Lunatic asylums Punjab 1911-1921 - 1911-1921
Year: 1911
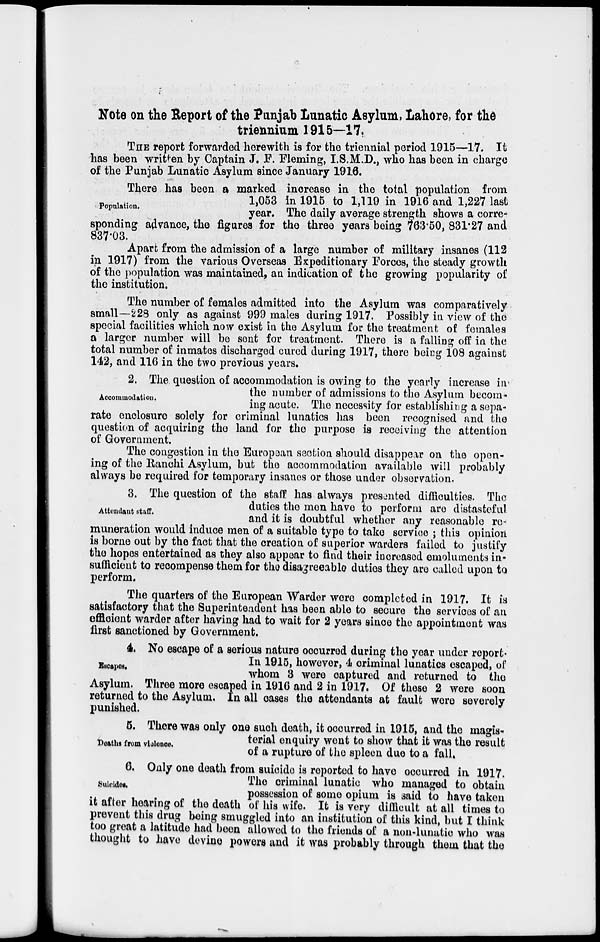
Note on the Report of the Punjab Lunatic Asylum, Lahore, for the
triennium 1915—17.
THE report forwarded herewith is for the triennial period 1915—17. It
has been written by Captain J. F. Fleming, I.S.M.D., who has been in charge
of the Punjab Lunatic Asylum since January 1916.
Population.
There has been a marked increase in the total population from
1,053 in 1915 to 1,119 in 1916 and 1,227 last
year. The daily average strength shows a corre-
sponding advance, the figures for the three years being 763.50, 831.27 and
837.03.
Apart from the admission of a large number of military insanes (112
in 1917) from the various Overseas Expeditionary Forces, the steady growth
of the population was maintained, an indication of the growing popularity of
the institution.
The number of females admitted into the Asylum was comparatively
small—228 only as against 999 males during 1917. Possibly in view of the
special facilities which now exist in the Asylum for the treatment of females
a larger number will be sent for treatment. There is a falling off in the
total number of inmates discharged cured during 1917, there being 108 against
142, and 116 in the two previous years.
Accommodation.
2. The question of accommodation is owing to the yearly increase in
the number of admissions to the Asylum becom-
ing acute. The necessity for establishing a sepa-
rate enclosure solely for criminal lunatics has been recognised and the
question of acquiring the land for the purpose is receiving the attention
of Government.
The congestion in the European section should disappear on the open-
ing of the Ranchi Asylum, but the accommodation available will probably
always be required for temporary insanes or those under observation.
Attendant staff.
3. The question of the staff has always presented difficulties. The
duties the men have to perform are distasteful
and it is doubtful whether any reasonable re-
muneration would induce men of a suitable type to take service ; this opinion
is borne out by the fact that the creation of superior warders failed to justify
the hopes entertained as they also appear to find their increased emoluments in-
sufficient to recompense them for the disagreeable duties they are called upon to
perform.The quarters of the European Warder were completed in 1917. It is
satisfactory that the Superintendent has been able to secure the services of an
efficient warder after having had to wait for 2 years since the appointment was
first sanctioned by Government.
Escapes.
4 No escape of a serious nature occurred during the year under report.
In 1915, however, 4 criminal lunatics escaped, of
whom 8 were captured and returned to the
Asylum. Three more escaped in 1916 and 2 in 1917. Of these 2 were soon
returned to the Asylum. In all oases the attendants at fault were severely
punished.
Deaths from violence.
5. There was only one such death, it occurred in 1915, and the magis-
terial enquiry went to show that it was the result
of a rupture of the spleen due to a fall.
Suicides.
6. Only one death from suicide is reported to have occurred in 1917.
The criminal lunatic who managed to obtain
possession of some opium is said to have taken
it after hearing of the death of his wife. It is very difficult at all times to
prevent this drug being smuggled into an institution of this kind, but I think
too great a latitude had been allowed to the friends of a non-lunatic who was
thought to have devine powers and it was probably through them that the